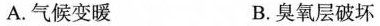
A.气候变暖 B.臭氧层破坏